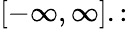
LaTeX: [-\infty,\infty].: